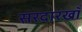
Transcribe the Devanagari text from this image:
सरदारखाँ